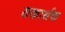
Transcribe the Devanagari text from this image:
सकार्थक